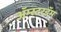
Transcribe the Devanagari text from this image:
अॅम्स्टरडॅम